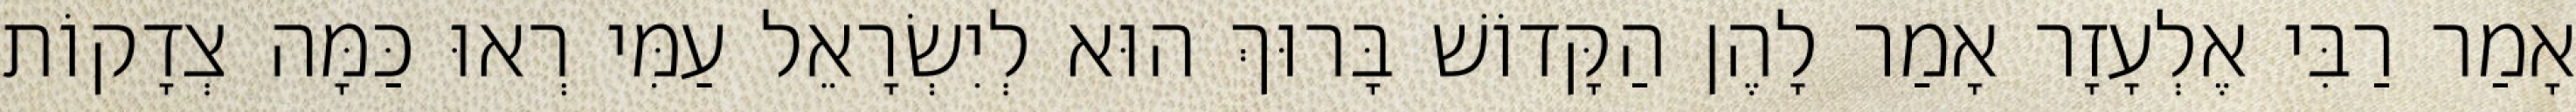
אָמַר רַבִּי אֶלְעָזָר אָמַר לָהֶן הַקָּדוֹשׁ בָּרוּךְ הוּא לְיִשְׂרָאֵל עַמִּי רְאוּ כַּמָּה צְדָקוֹת